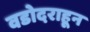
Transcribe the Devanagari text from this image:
वडोदराहून